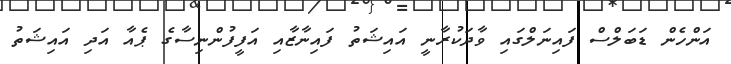
އަންހެން ޑަބަލްސް ފައިނަލްގައި ވާދަކުރާނީ އައިޝަތު ފައިނާޒާއި އަފީފުންނިސާގެ ޕެއާ އަދި އައިޝަތު